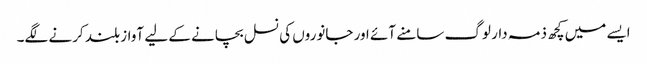
ایسے میں کچھ ذمہ دار لوگ سامنے آئے اور جانوروں کی نسل بچانے کے لیے آواز بلند کرنے لگے۔